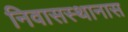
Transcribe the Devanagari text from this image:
निवासस्थानास